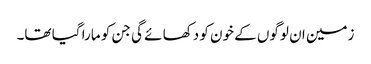
زمین ان لوگوں کے خون کو دکھا ئے گی جن کو مارا گیا تھا۔